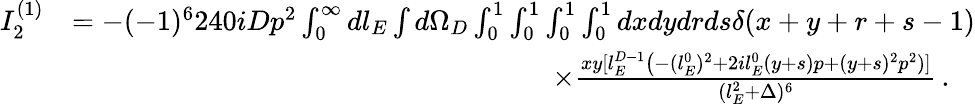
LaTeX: \begin{array}{rl}{I_{2}^{(1)}}&{=-(-1)^{6}240iDp^{2}\int_{0}^{\infty}dl_{E}\int d\Omega_{D}\int_{0}^{1}\int_{0}^{1}\int_{0}^{1}\int_{0}^{1}dxdydrds\delta(x+y+r+s-1)}\\ &{\quad\quad\quad\quad\quad\quad\quad\quad\quad\quad\quad\quad\quad\quad\quad\quad\quad\times\frac{xy[l_{E}^{D-1}\big(-(l_{E}^{0})^{2}+2il_{E}^{0}(y+s)p+(y+s)^{2}p^{2})]}{(l_{E}^{2}+\Delta)^{6}}\, .}\end{array}